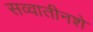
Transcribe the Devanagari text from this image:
सव्वातीनशे